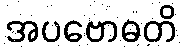
အပဗောဓတိ